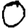
Digit: 0